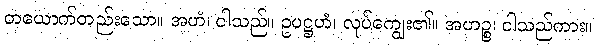
တယောက်တည်းသော။ အဟံ၊ ငါသည်။ ဥပဋ္ဌဟံ၊ လုပ်ကျွေး၏။ အဟဉ္စ၊ ငါသည်ကား။